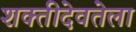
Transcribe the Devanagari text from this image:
शक्तीदेवतेला